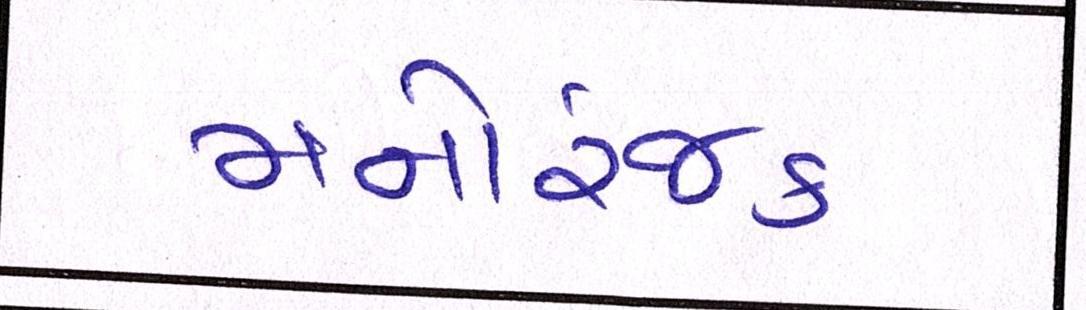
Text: મનોરંજક